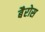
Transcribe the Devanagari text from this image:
बैरोस